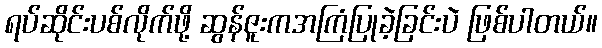
ရပ်ဆိုင်းပစ်လိုက်ဖို့ ဆွန်ဇူးကအကြံပြုခဲ့ခြင်းပဲ ဖြစ်ပါတယ်။